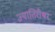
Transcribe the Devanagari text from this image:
ज्यातिरीश्वर